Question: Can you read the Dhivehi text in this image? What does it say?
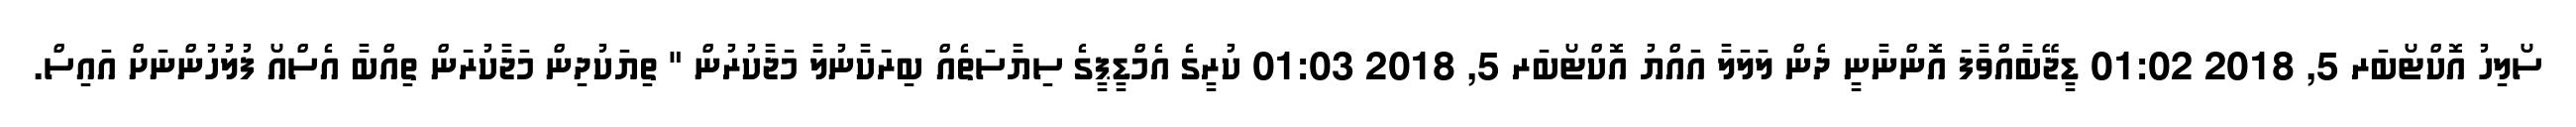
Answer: ސޯލިހު އޮކްޓޯބަރ 5, 2018 01:02 ޑީޖޭބާއްވާފަ އޮންނާނީ ދެން ލަލަލާ އައްޔު އޮކްޓޯބަރ 5, 2018 01:03 ކުރީގެ އެމްޑީޕީގެ ސިޔާސަތެއް ބިރަކާނުލާ މަޖާކުރުން " ތިޔަކުދިން މަޖާކުރަން ތިއްބާ އެސްއޯ ފުލުހުންނަށް އައިސް.